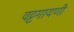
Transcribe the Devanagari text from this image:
वट्टगायणी